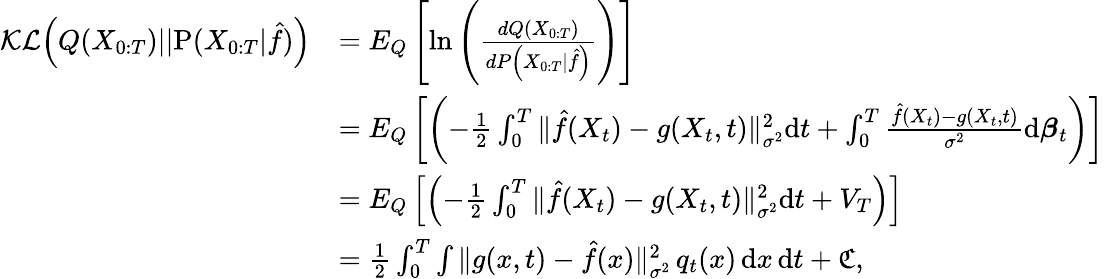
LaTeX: \begin{array}{rl}{\mathcal{KL}\Big(Q(X_{0:T})||\mathrm{P}(X_{0:T}|\hat{f})\Big)}&{=E_{{Q}}\left[\mathrm{ln}\left(\frac{d{Q}(X_{0:T})}{d{P}\left(X_{0:T}\vert\hat{f}\right)}\right)\right]}\\ &{=E_{{Q}}\left[\left(-\frac{1}{2}\int_{0}^{T}{{\| \hat{f}(X_{t})-g(X_{t},t)\| _{\sigma^{2}}^{2}}\mathrm{d}t}+\int_{0}^{T}{\frac{\hat{f}(X_{t})-g(X_{t},t)}{{\sigma^{2}}}\mathrm{d}\boldsymbol{\beta}_{t}}\right)\right]}\\ &{=E_{{Q}}\left[\left(-\frac{1}{2}\int_{0}^{T}{{\| \hat{f}(X_{t})-g(X_{t},t)\| _{\sigma^{2}}^{2}}\mathrm{d}t}+V_{T}\right)\right]}\\ &{=\frac{1}{2}\int_{0}^{T}\int\| g(x,t)-\hat{f}(x)\| _{\sigma^{2}}^{2}\, q_{t}(x)\, \mathrm{d}x\, \mathrm{d}t+\mathfrak{C},}\end{array}